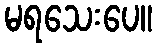
မရသေးပေ။